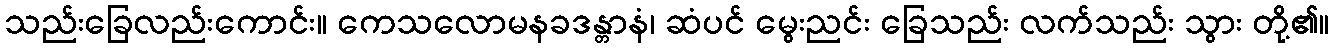
သည်းခြေလည်းကောင်း။ ကေသလောမနခဒန္တာနံ၊ ဆံပင် မွေးညင်း ခြေသည်း လက်သည်း သွား တို့၏။